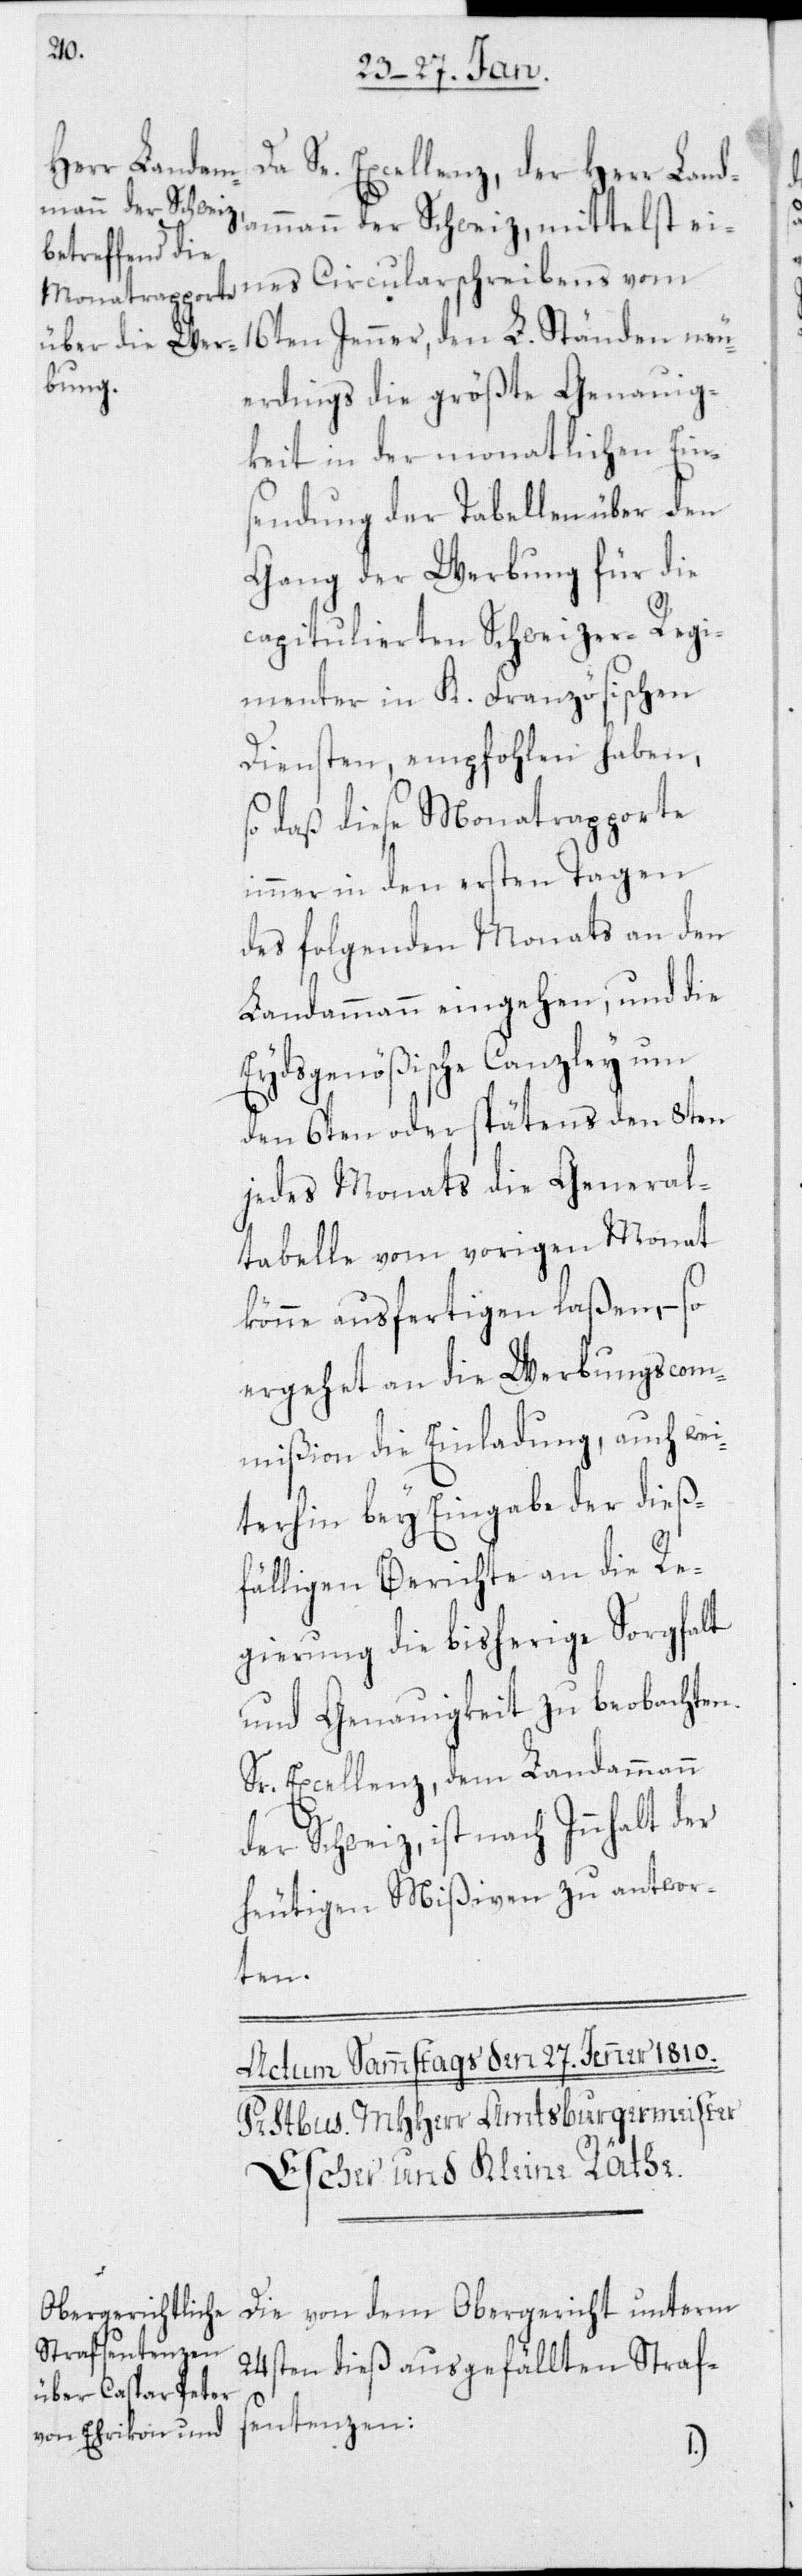
Da Se. Excellenz, der Herr Land¬
ammann der Schweiz, mittelst eines
erdings die größte Genauig¬
keit in der monatlichen Ein¬
sendung der Tabellen über den
Gang der Werbung für die
capitulierten Schweizer-Regi¬
menter in K. Französischen
Diensten, empfohlen haben,
so daß diese Monatrapporte
immer in den ersten Tagen
des folgenden Monats an den
Landammann eingehen, und die
Eydsgenößische Canzley um
den 6ten oder spätestens den 8ten
jedes Monats die General¬
tabelle vom vorigen Monat
könne ausfertigen laßen, – so
ergehet an die Werbungscom¬
mißion die Einladung, auch wei¬
terhin bey Eingabe der dieß¬
fälligen Berichte an die Re¬
gierung die bisherige Sorgfalt
und Genauigkeit zu beobachten.
Sr. Excellenz, dem Landammann
der Schweiz, ist nach Innhalt der
heutigen Mißiven zu antwor¬
ten.
Die von dem Obergericht unterm
24sten dieß ausgefällten Strafs¬
entenzen:
neu¬